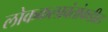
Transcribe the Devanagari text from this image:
लोककलावंतांकडील